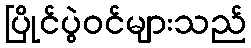
ပြိုင်ပွဲဝင်များသည်